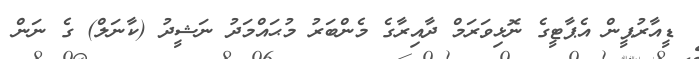
ޑީއާރުޕީން އެޕާޓީގެ ނޮޅިވަރަމް ދާއިރާގެ މެންބަރު މުޙައްމަދު ނަޝީދު (ކާނަލް) ގެ ނަން